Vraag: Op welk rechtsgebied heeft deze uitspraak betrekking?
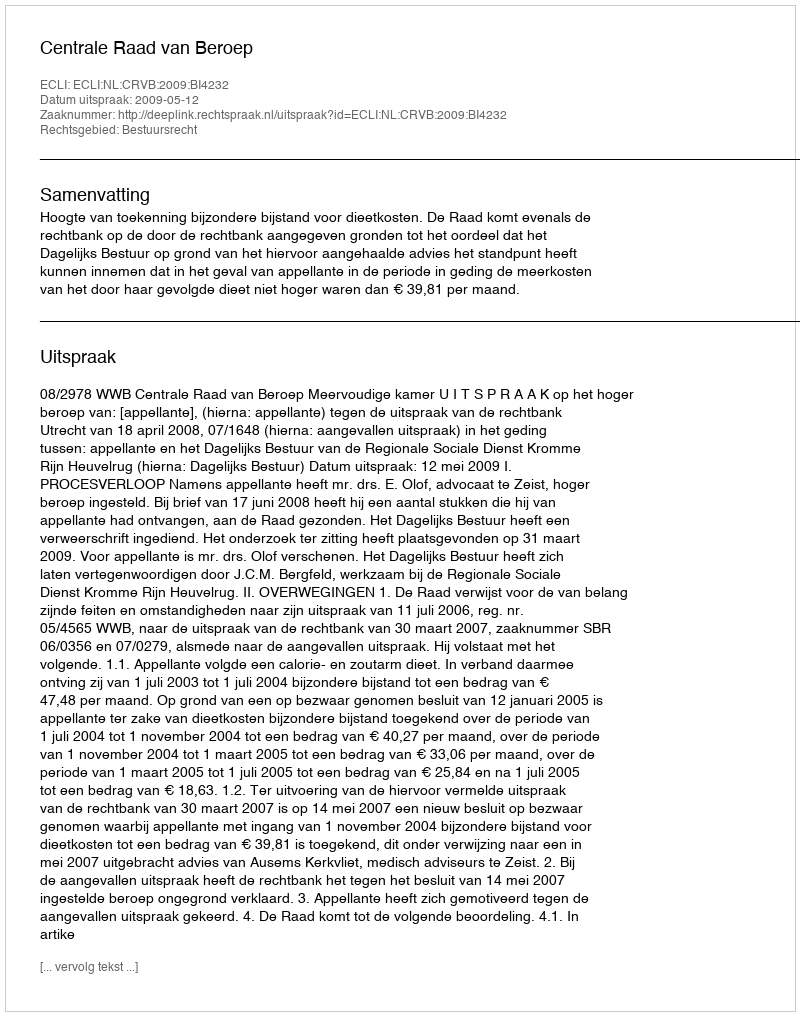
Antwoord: Bestuursrecht